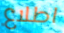
اطلاع